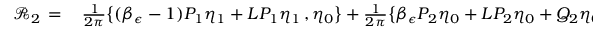
\begin{array} { r l } { \mathcal { R } _ { 2 } \, = \, } & { { } \frac { 1 } { 2 \pi } \bigl \{ ( \beta _ { \epsilon } - 1 ) P _ { 1 } \eta _ { 1 } + L P _ { 1 } \eta _ { 1 } \, , \eta _ { 0 } \bigr \} + \frac { 1 } { 2 \pi } \bigl \{ \beta _ { \epsilon } P _ { 2 } \eta _ { 0 } + L P _ { 2 } \eta _ { 0 } + Q _ { 2 } \eta _ { 0 } \, , \eta _ { 0 } \bigr \} } \end{array}